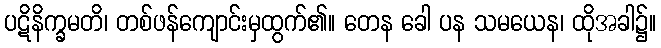
ပဋိနိက္ခမတိ၊ တစ်ဖန်ကျောင်းမှထွက်၏။ တေန ခေါ ပန သမယေန၊ ထိုအခါ၌။